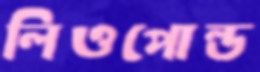
লিওপোল্ড